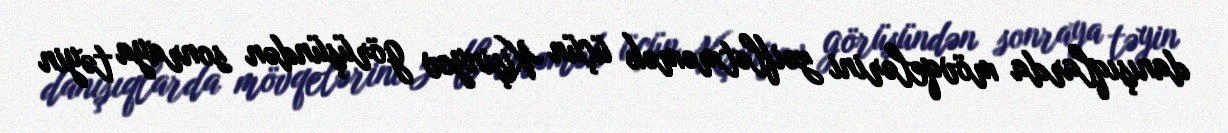
danışıqlarda mövqelərini zəiflətməmək üçün Kişinyov görüşündən sonraya təyin